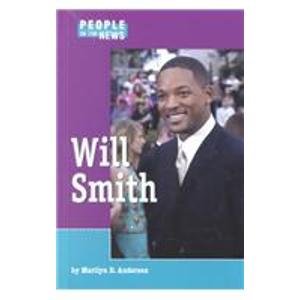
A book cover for People in the News - Will Smith; Marilyn D. Anderson; Teen & Young Adult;